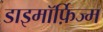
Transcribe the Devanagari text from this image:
डाइमॉर्फ़िज्म